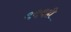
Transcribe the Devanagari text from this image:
९९९ही